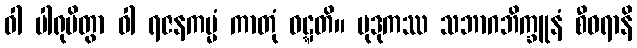
ဝါ ပါရုပိတွာ ဝါ ရဇနကမ္မံ ကာတုံ ဝဋ္ဋတိ။ မုဒုကဿ သဘာဂဘိက္ခူနံ စီဝရာနိ